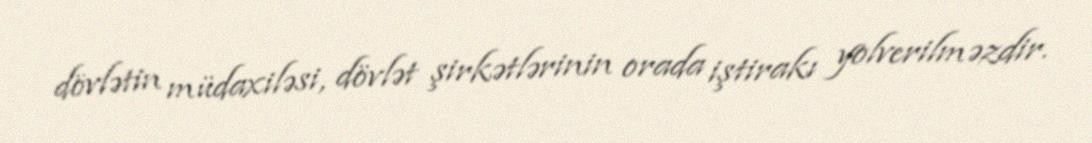
dövlətin müdaxiləsi, dövlət şirkətlərinin orada iştirakı yolverilməzdir.